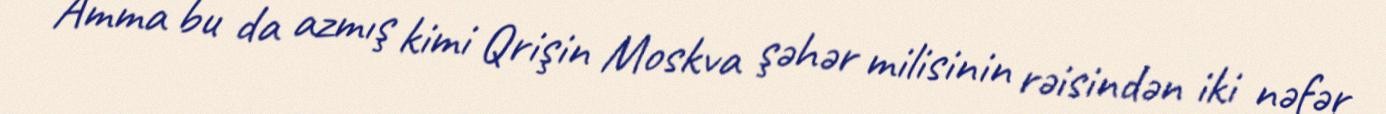
Amma bu da azmış kimi Qrişin Moskva şəhər milisinin rəisindən iki nəfər